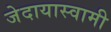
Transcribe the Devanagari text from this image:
जेदायास्वामी